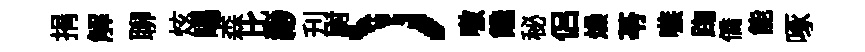
捐解聊炫暘森比緲刋尉）嗷饞秘侣燥苓嗾踘僑能啄